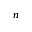
n